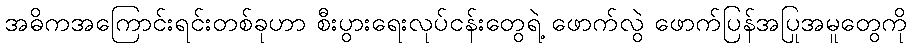
အဓိကအကြောင်းရင်းတစ်ခုဟာ စီးပွားရေးလုပ်ငန်းတွေရဲ့ ဖောက်လွဲ ဖောက်ပြန်အပြုအမူတွေကို